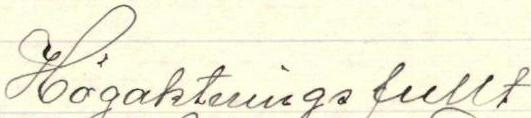
Högaktningsfullt